Report of the Municipal Commissioner on the plague in Bombay for the year ending 31st May... - Volume 3
Disease focus: Plague
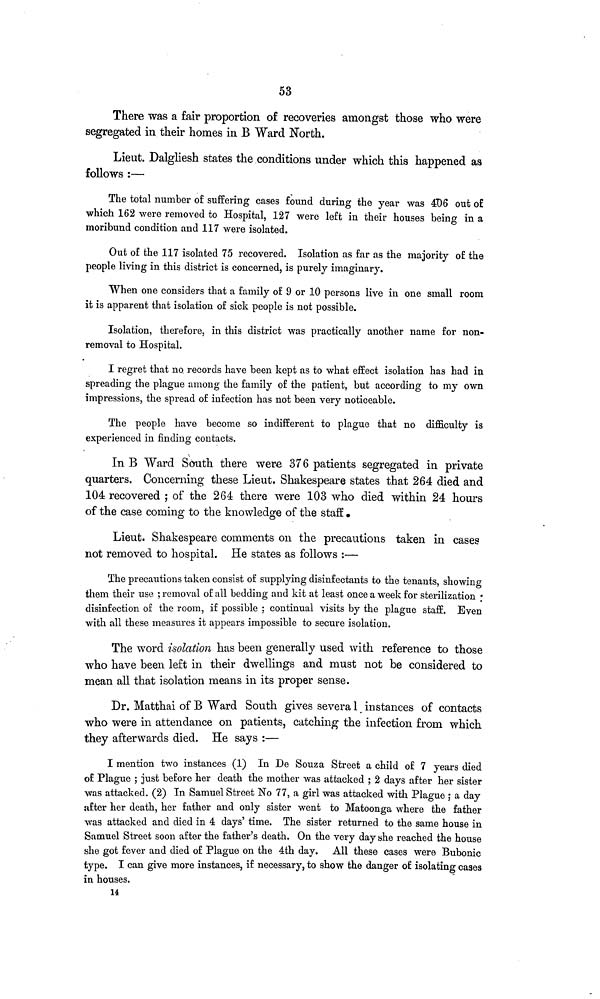
53
There was a fair proportion of recoveries amongst those who were
segregated in their homes in B Ward North.
Lieut. Dalgliesh states the conditions under which this happened as
follows :—
The total number of suffering cases found during the year was 4D6 out of
which 162 were removed to Hospital, 127 were left in their houses being in a
moribund condition and 117 were isolated.
Out of the 117 isolated 75 recovered. Isolation as far as the majority of the
people living in this district is concerned, is purely imaginary.
When one considers that a family of 9 or 10 persons live in one small room
it is apparent that isolation of sick people is not possible.
Isolation, therefore, in this district was practically another name for non-
removal to Hospital.
I regret that no. records have been kept as to what effect isolation has had in
spreading the plague among the family of the patient, but according to my own
impressions, the spread of infection has not been very noticeable.
The people have become so indifferent to plague that no difficulty is
experienced in finding contacts.
In B Ward South there were 376 patients segregated in private
quarters. Concerning these Lieut. Shakespeare states that 264 died and
104 recovered ; of the 264 there were 103 who died within 24 hours
of the case coming to the knowledge of the staff
Lieut. Shakespeare comments on the precautions taken in cases
not removed to hospital. He states as follows :—
The precautions taken consist of supplying disinfectants to the tenants, showing
them their use ; removal of all bedding and kit at least once a week for sterilization :
disinfection of the room, if possible ; continual visits by the plague staff. Even
with all these measures it appears impossible to secure isolation.
The word isolation has been generally used with reference to those
who have been left in their dwellings and must not be considered to
mean all that isolation means in its proper sense.
Dr. Matthai of B Ward South gives several instances of contacts
who were in attendance on patients, catching 1 the infection from which
they afterwards died. He says :—
I mention two instances (1) In De Souza Street a child of 7 years died
of Plague ; just before her death the mother was attacked ; 2 days after her sister
was attacked. (2) In Samuel Street No 77, a girl was attacked with Plague ; a day
after her death, her father and only sister went to Matoonga where the father
was attacked and died in 4 days' time. The sister returned to the same house in
Samuel Street soon after the father's death. On the very day she reached the house
she got fever and died of Plague on the 4th day. All these cases were Bubonic
type. I can give more instances, if necessary, to show the danger of isolating cases
in houses.
14